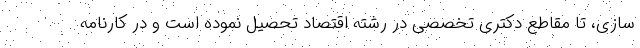
سازی، تا مقاطع دکتری تخصصی در رشته اقتصاد تحصیل نموده است و در کارنامه